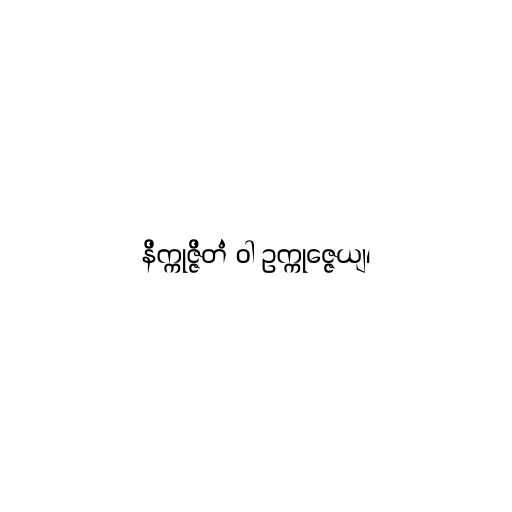
နိက္ကုဇ္ဇိတံ ဝါ ဥက္ကုဇ္ဇေယျ၊